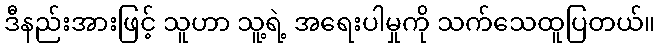
ဒီနည်းအားဖြင့် သူဟာ သူ့ရဲ့ အရေးပါမှုကို သက်သေထူပြတယ်။